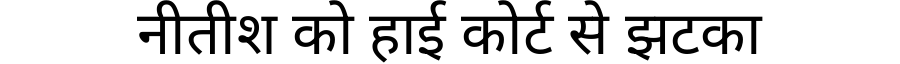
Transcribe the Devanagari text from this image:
नीतीश को हाई कोर्ट से झटका